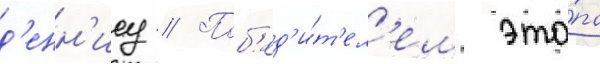
д'енн'ису // Поб'ед'и́т'ел'ем эта́па